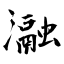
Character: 瀜